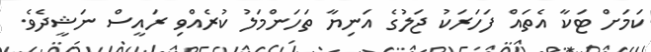
ކަމަށް ޓަކާ އެތައް ފަހަރަކު ޖަލުގެ އަނިޔާ ތަހަންމަލު ކުރެއްވި ރައީސް ނަޝީދެވެ.